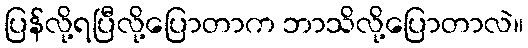
ပြန်လို့ရပြီလို့ပြောတာက ဘာသိလို့ပြောတာလဲ။